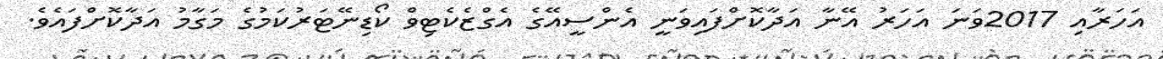
އަހަރާއި 2017ވަނަ އަހަރު އޭނާ އަދާކޮށްފައިވަނީ އެންސީއޭގެ އެގްޒެކެޓިވް ކޯޑިނޭޓަރުކަމުގެ މަގާމު އަދާކޮށްފައެވެ.